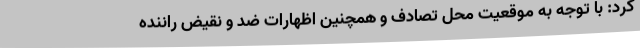
کرد: با توجه به موقعیت محل تصادف و همچنین اظهارات ضد و نقیض راننده